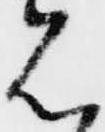
見